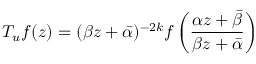
T _ { u } f ( z ) = ( \beta z + \bar { \alpha } ) ^ { - 2 k } f \left( \frac { \alpha z + \bar { \beta } } { \beta z + \bar { \alpha } } \right)